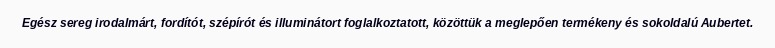
Egész sereg irodalmárt, fordítót, szépírót és illuminátort foglalkoztatott, közöttük a meglepően termékeny és sokoldalú Aubertet.